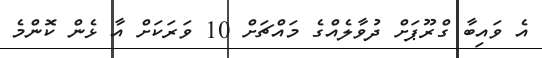
އެ ވައިބާ ގްރޫޕަށް ދުވާލެއްގެ މައްޗަށް 10 ވަރަކަށް އާ ޅެން ކޮންމެ